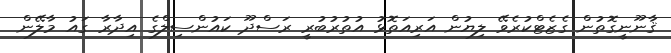
ޤާނޫނީގޮތުން ގެޒެޓްކުރެވޭ ލިޔުން އަރިއަތޮޅު އުތުރުބުރީ ރަސްދޫ ކައުންސިލްގެ އިދާރާ ގައު މާލޭން